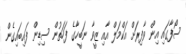
ސޯފާގައި އިން ވާފިރަށް އަކްމަލް އާއި ޒީވާ ނަބީހާގެ ފަހަތުން ސިޑިން ފައިބައިގެން